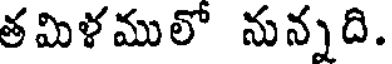
తమిళములో నున్నది.